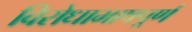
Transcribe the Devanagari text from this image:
विरोधाभाषपूर्ण